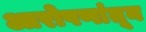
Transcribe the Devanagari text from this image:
आरोपणांतून